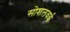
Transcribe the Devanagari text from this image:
सोशलवर्क